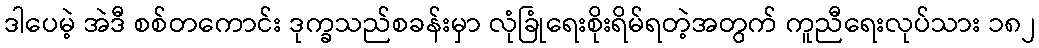
ဒါပေမဲ့ အဲဒီ စစ်တကောင်း ဒုက္ခသည်စခန်းမှာ လုံခြုံရေးစိုးရိမ်ရတဲ့အတွက် ကူညီရေးလုပ်သား ၁၈၂